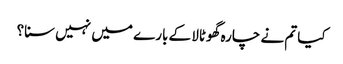
کیا تم نے چارہ گھوٹالا کے بارے میں نہیں سنا؟